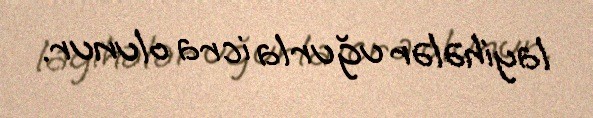
layihələr uğurla icra olunur.